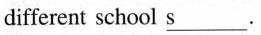
different school \underline{s}